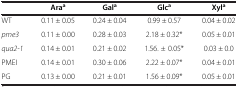
|  | Araa | Gala | Glca | Xyla |
 | --- | --- | --- | --- | --- |
 | WT | 0.11 ± 0.05 | 0.24 ± 0.04 | 0.99 ± 0.57 | 0.04 ± 0.02 |
 | pme3 | 0.11 ± 0.00 | 0.28 ± 0.03 | 2.18 ± 0.32* | 0.05 ± 0.01 |
 | qua2-1 | 0.14 ± 0.01 | 0.21 ± 0.02 | 1.56. ± 0.05* | 0.03 ± 0.0 |
 | PMEI | 0.14 ± 0.01 | 0.30 ± 0.06 | 2.22 ± 0.07* | 0.04 ± 0.01 |
 | PG | 0.13 ± 0.00 | 0.21 ± 0.01 | 1.56 ± 0.09* | 0.05 ± 0.01 |